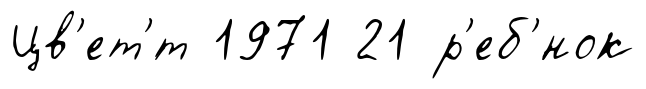
Цв'ет'́т 1971 21 р'еб'́нок